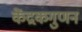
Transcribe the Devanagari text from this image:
केंद्रकगुणन